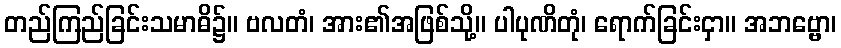
တည်ကြည်ခြင်းသမာဓိ၌။ ဗလတံ၊ အား၏အဖြစ်သို့။ ပါပုဏိတုံ၊ ရောက်ခြင်းငှာ။ အဘဗ္ဗော၊